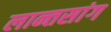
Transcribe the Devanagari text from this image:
लान्तसांग